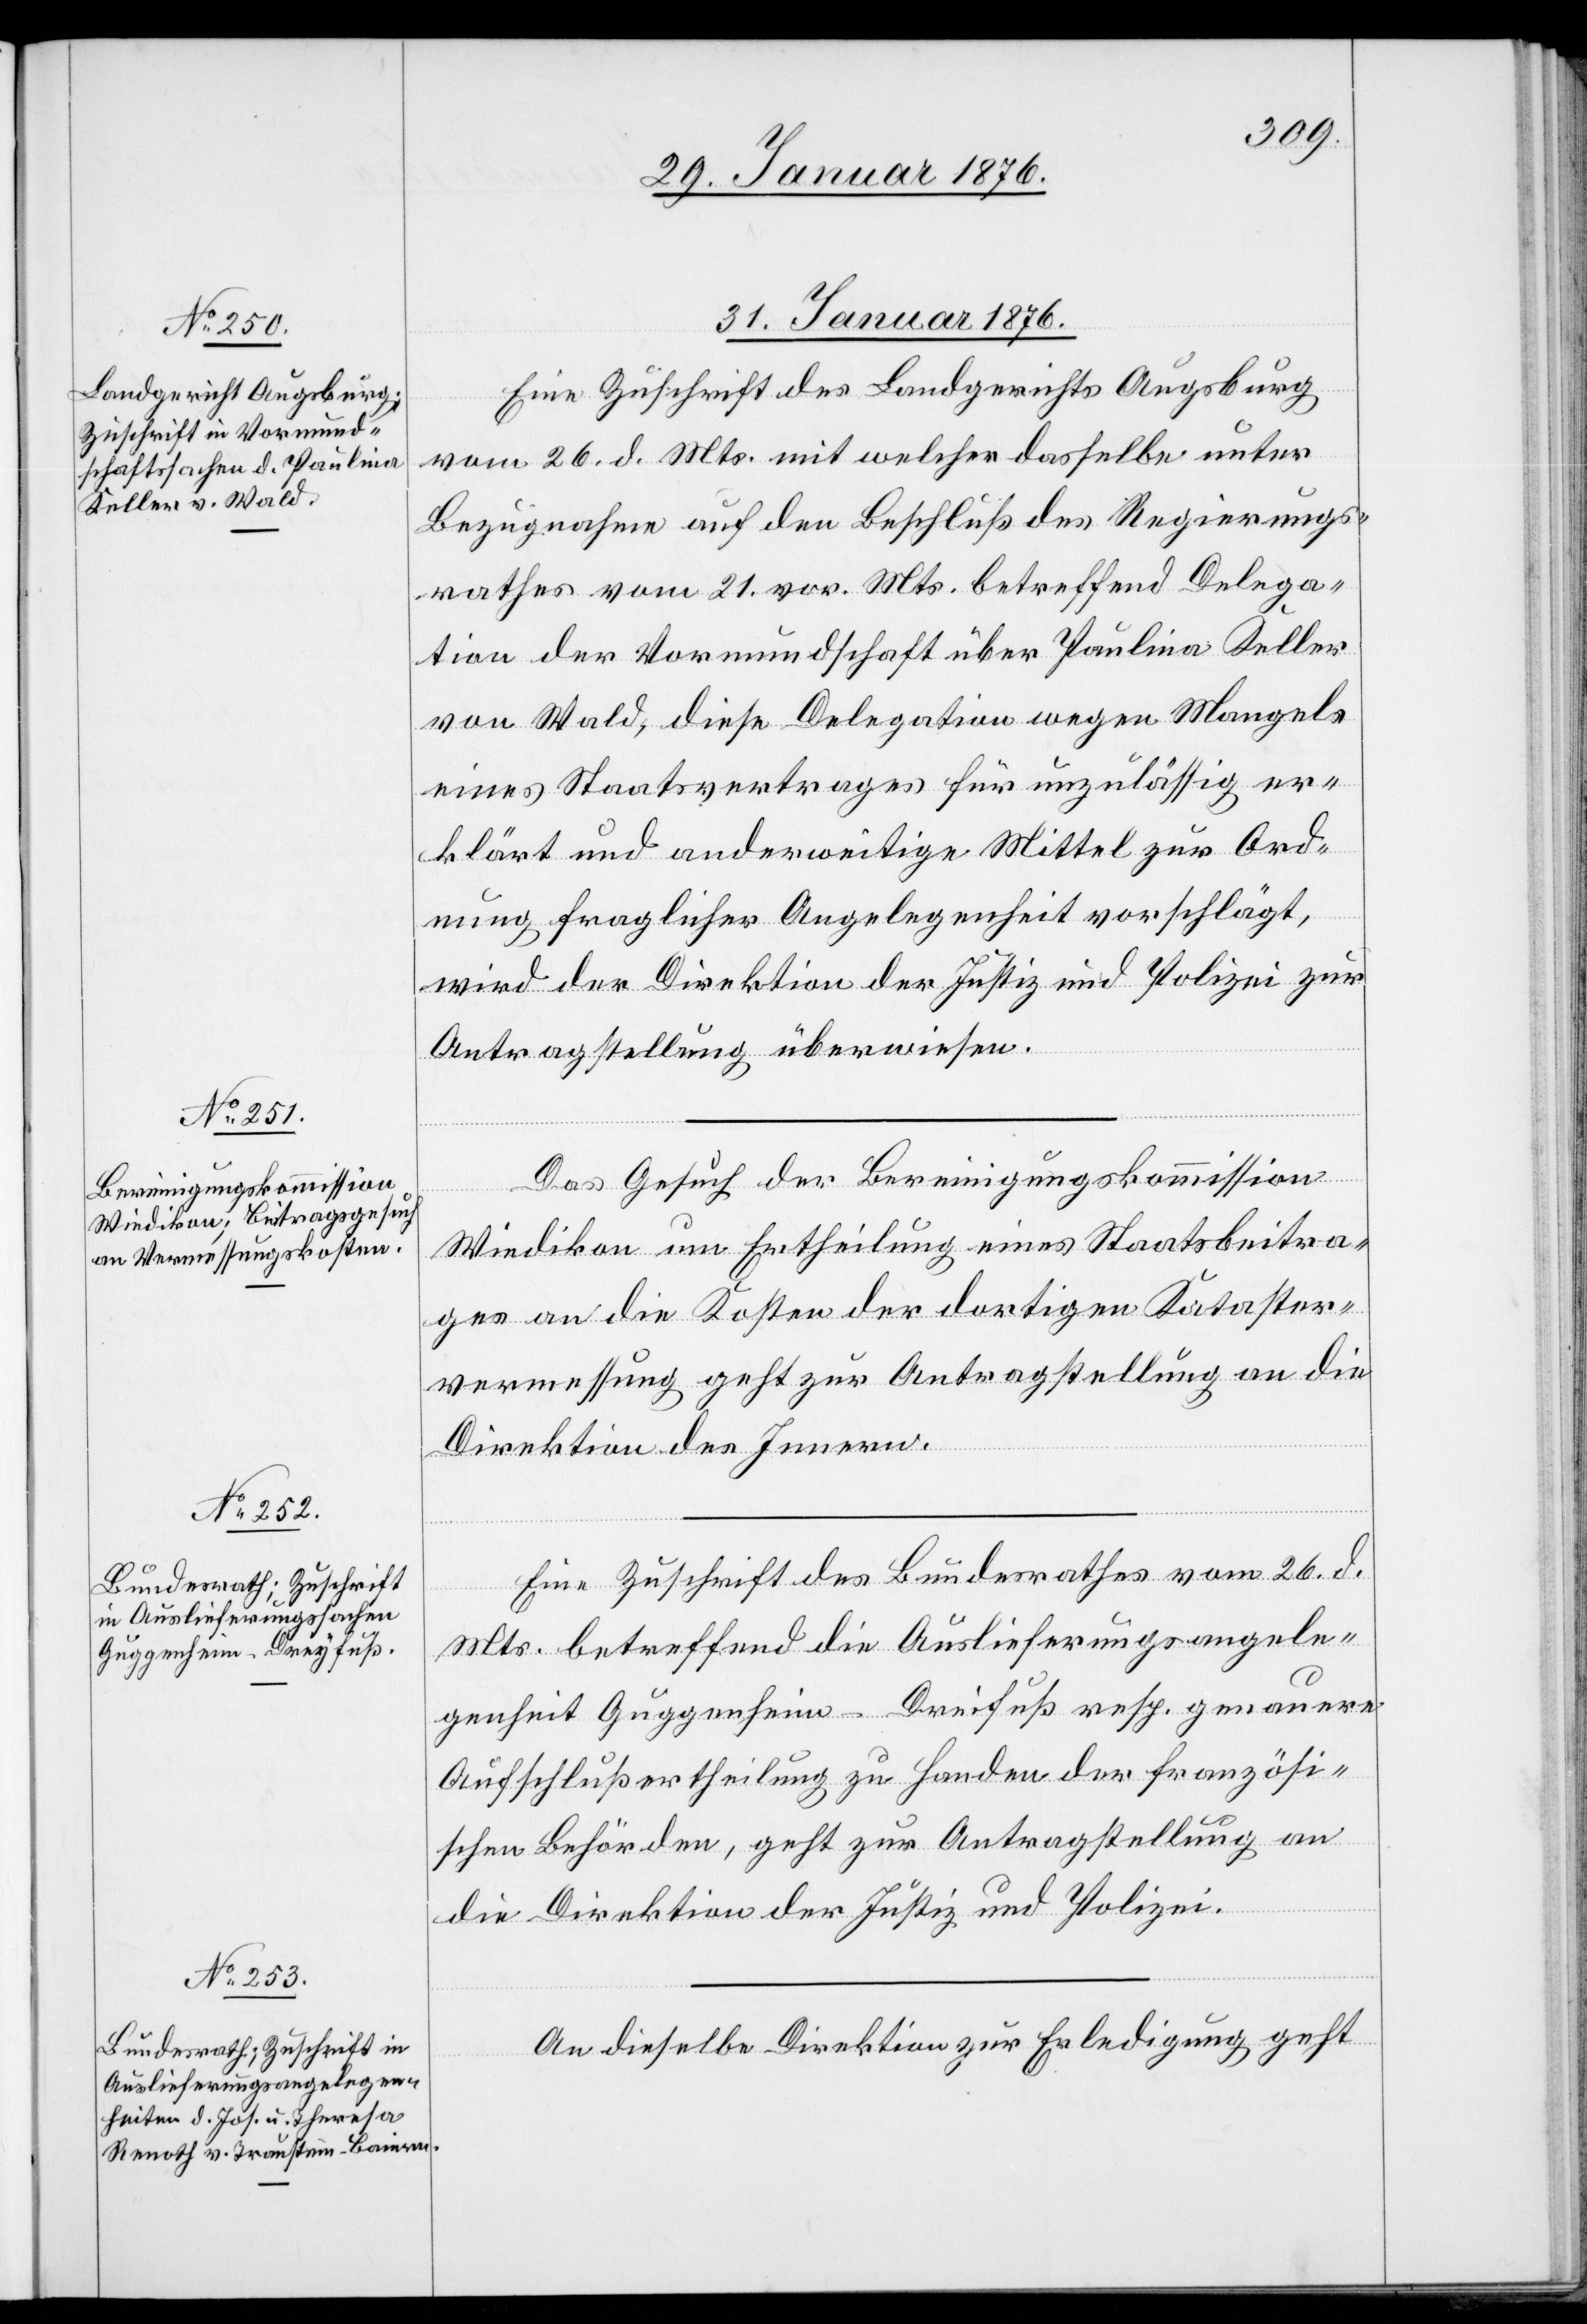
31. Januar 1876.]
Eine Zuschrift des Landgerichts Augsburg
vom 26. d. Mts. mit welcher dasselbe unter
Bezugnahme auf den Beschluß des Regierungs¬
rathes vom 21. vor. Mts. betreffend Delega¬
tion der Vormundschaft über Paulina Keller
von Wald, diese Delegation wegen Mangels
eines Staatsvertrages für unzulässig er¬
klärt und anderweitige Mittel zur Ord¬
nung fraglicher Angelegenheit vorschlägt,
wird der Direktion der Justiz und Polizei zur
Antragstellung überwiesen.
Das Gesuch der Bereinigungskommission
Wiedikon um Ertheilung eines Staatsbeitra¬
ges an die Kosten der dortigen Kataster¬
vermessung geht zur Antragstellung an die
Direktion des Innern.
Eine Zuschrift des Bundesrathes vom 26. d.
Mts. betreffend die Auslieferungsangele¬
genheit Guggenheim-Dreifuß [sic!] resp. genauere
Aufschlußertheilung zu Handen der französi¬
schen Behörden, geht zur Antragsstellung an
die Direktion der Justiz und Polizei.
An dieselbe Direktion zur Erledigung geht